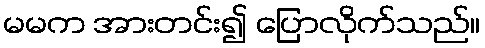
မမက အားတင်း၍ ပြောလိုက်သည်။